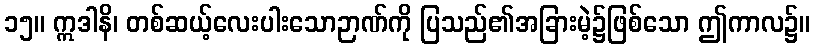
၁၅။ ဣဒါနိ၊ တစ်ဆယ့်လေးပါးသောဉာဏ်ကို ပြသည်၏အခြားမဲ့၌ဖြစ်သော ဤကာလ၌။